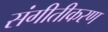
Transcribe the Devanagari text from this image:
संगीतीकरण